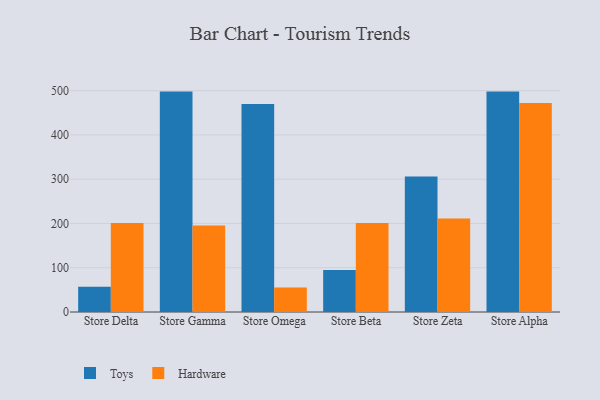
{"axis": {"x": "Store", "y": "Waste Production (Tons)"}, "legend": ["Hardware", "Toys"], "data": [{"x": "Store Delta", "y": 56.9, "type": "Toys"}, {"x": "Store Delta", "y": 201.0, "type": "Hardware"}, {"x": "Store Gamma", "y": 497.9, "type": "Toys"}, {"x": "Store Gamma", "y": 195.2, "type": "Hardware"}, {"x": "Store Omega", "y": 469.9, "type": "Toys"}, {"x": "Store Omega", "y": 55.3, "type": "Hardware"}, {"x": "Store Beta", "y": 94.7, "type": "Toys"}, {"x": "Store Beta", "y": 201.3, "type": "Hardware"}, {"x": "Store Zeta", "y": 306.1, "type": "Toys"}, {"x": "Store Zeta", "y": 211.3, "type": "Hardware"}, {"x": "Store Alpha", "y": 497.9, "type": "Toys"}, {"x": "Store Alpha", "y": 472.2, "type": "Hardware"}]}